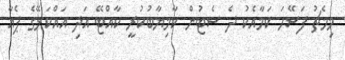
މިމެޗު ފަސޭހަ ކަމާއެކު ދެ ސެޓުން ކާމިޔާބުކުރީ ކާއްޓޭ އަދި އައްކަޅޭގެ ޕެއާ